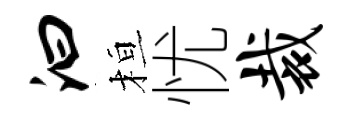
汩桓忧裁